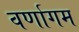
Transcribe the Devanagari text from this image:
वर्णागम